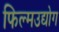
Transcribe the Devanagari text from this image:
फिल्मउद्योग